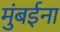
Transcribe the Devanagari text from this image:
मुंबईना